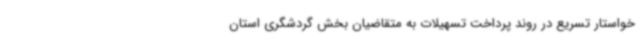
خواستار تسریع در روند پرداخت تسهیلات به متقاضیان بخش گردشگری استان